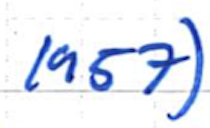
Text: 1957)
Cross-out: clean
Writing tool: ballpoint